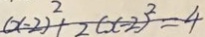
( x - 2 ) ^ { 2 } + 2 ( x - 2 ) ^ { 2 } = 4